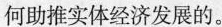
何助推实体经济发展的。